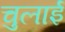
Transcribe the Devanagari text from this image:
चुलाई